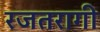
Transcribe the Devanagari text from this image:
रजतरागी